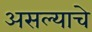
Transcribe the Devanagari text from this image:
असल्‍याचे